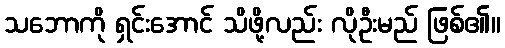
သဘောကို ရှင်းအောင် သိဖို့လည်း လိုဦးမည် ဖြစ်၏။